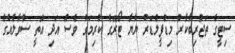
ސިޓީގެ ތަޖުރިބާކާރު މިޑްފީލްޑަރު ޔާޔާ ޓޯރޭގެ ކުރިމަގު ވެސް އަދި އޮތީ ސުވާލެއްގެ